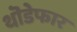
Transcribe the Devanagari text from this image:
थॊडेफार